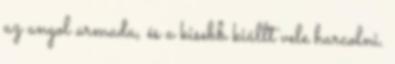
az angol armada, és a kisebb kiállt vele harcolni.